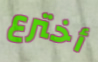
أخترع